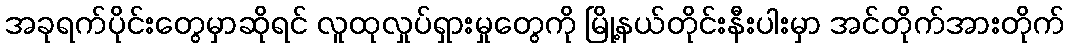
အခုရက်ပိုင်းတွေမှာဆိုရင် လူထုလှုပ်ရှားမှုတွေကို မြို့နယ်တိုင်းနီးပါးမှာ အင်တိုက်အားတိုက်